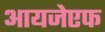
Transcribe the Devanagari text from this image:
आयजेएफ